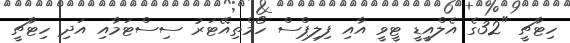
ހިޓާޗީ "32ގެ އެލްއީޑީ ޓީވީ އާއި ފިލިޕްސް ހޯމްތިއޭޓަރު ސިސްޓަމާއި އަދި ހިޓާޗީ